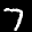
Label: 7